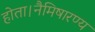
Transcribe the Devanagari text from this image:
होता।नैमिषारण्य